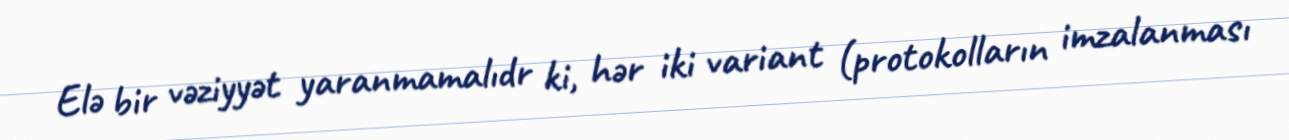
Elə bir vəziyyət yaranmamalıdr ki, hər iki variant (protokolların imzalanması